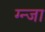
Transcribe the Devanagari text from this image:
ग्न्जा